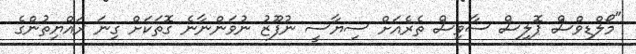
"މޯލްޑިވްސް ޕޮލިސް ސާވިސް ތެރެއަށް ސިޔާސީ ނުފޫޒު ނުވަންނާނެ ގޮތަކަށް ގިނަ ރައްޔިތުންގެ